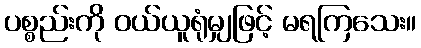
ပစ္စည်းကို ဝယ်ယူရုံမျှဖြင့် မရကြသေး။